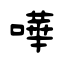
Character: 嘩